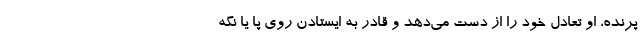
پرنده، او تعادل خود را از دست می‌دهد و قادر به ایستادن روی پا یا نگه